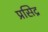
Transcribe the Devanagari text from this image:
प्रसिद्र